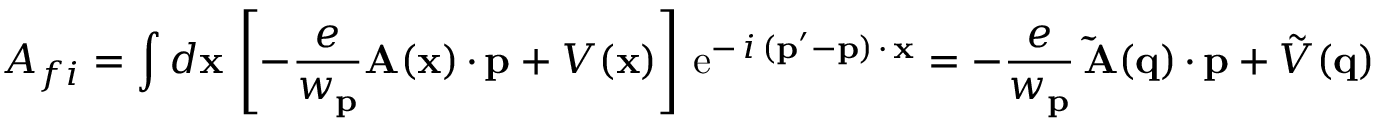
{ \cal A } _ { f i } = \int d { \bf x \, } \left[ - \frac e { w _ { { \bf p } } } { \bf A } ( { \bf x } ) \, { \bf \cdot \, p } + V ( { \bf x } ) \right] \, \mathrm { e } ^ { - \, i \, ( { \bf p } ^ { \prime } - { \bf p } ) \, { \bf \cdot \, x } } = - \frac e { w _ { { \bf p } } } \, { \bf \tilde { A } ( q } ) \, { \bf \cdot \, p } + \tilde { V } ( { \bf q } ) \; \; \;